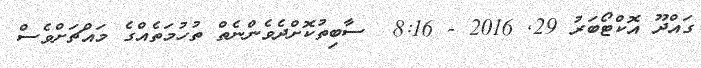
ގައްދޫ އޮކްޓޯބަރު 29